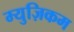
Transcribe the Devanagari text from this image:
म्युज़िकम